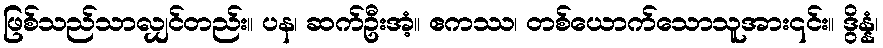
ဖြစ်သည်သာလျှင်တည်း။ ပန၊ ဆက်ဦးအံ့။ ဧကဿ၊ တစ်ယောက်သောသူအား၎င်း။ ဒွိန္နံ၊